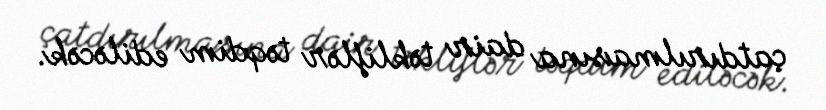
çatdırılmasına dair təkliflər təqdim ediləcək.